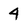
Character: 4